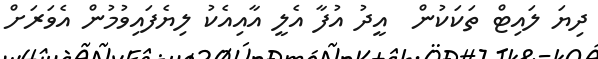
ދިޔަ ލައިޓް ތަކަކުން  އީދު އުފާ އެލީ އާއިއެކު ލިޔެފައިވުމުން އެވަރަށް